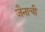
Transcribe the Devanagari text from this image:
जैनाची